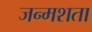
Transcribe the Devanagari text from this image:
जन्मशता